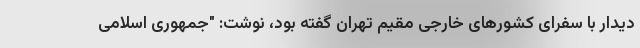
دیدار با سفرای کشورهای خارجی مقیم تهران گفته بود، نوشت: "جمهوری اسلامی